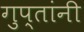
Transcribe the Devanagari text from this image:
गुप्तांनी